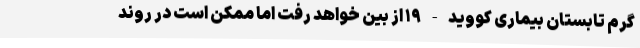
گرم تابستان بیماری کووید-۱۹ از بین خواهد رفت اما ممکن است در روند